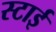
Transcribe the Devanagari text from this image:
स्टाई